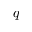
q